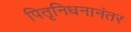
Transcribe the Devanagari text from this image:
पितृनिधनानंतर